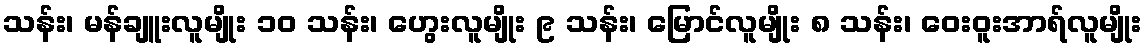
သန်း၊ မန်ချူးလူမျိုး ၁၀ သန်း၊ ဟွေးလူမျိုး ၉ သန်း၊ မြောင်လူမျိုး ၈ သန်း၊ ဝေးဝူးအာရ်လူမျိုး